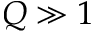
Q \gg 1